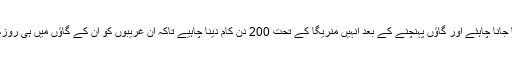
انہیں راشن دیا جانا چاہئے اور گاؤں پہنچنے کے بعد انہیں منریگا کے تحت 200 دن کام دینا چاہیے تاکہ ان غریبوں کو ان کے گاؤں میں ہی روزگار مل سکے۔